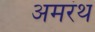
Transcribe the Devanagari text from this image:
अमरंथ